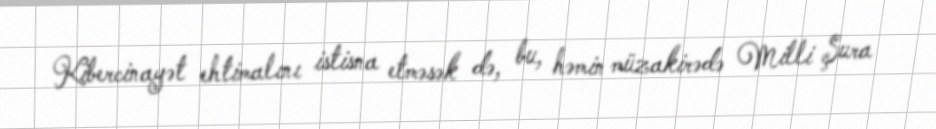
Kibercinayət ehtimalını istisna etməsək də, bu, həmin müzakirədə Milli Şura